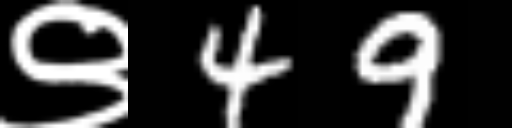
Text: ९49